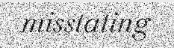
misstating